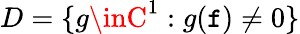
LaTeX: D=\{ g\inC^{1}:g(\mathtt{f})\neq0\}